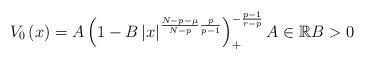
LaTeX: \begin{align*}V_{0}\left( x\right) =A\left( 1-B\left\vert x\right\vert ^{\frac{N-p-\mu}{N-p}\frac{p}{p-1}}\right) _{+}^{-\frac{p-1}{r-p}}A\in\mathbb{R}B>0\end{align*}